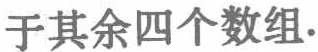
于其余四个数组.